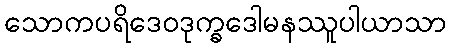
သောကပရိဒေဝဒုက္ခဒေါမနဿူပါယာသာ